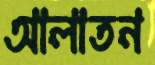
আলাতন